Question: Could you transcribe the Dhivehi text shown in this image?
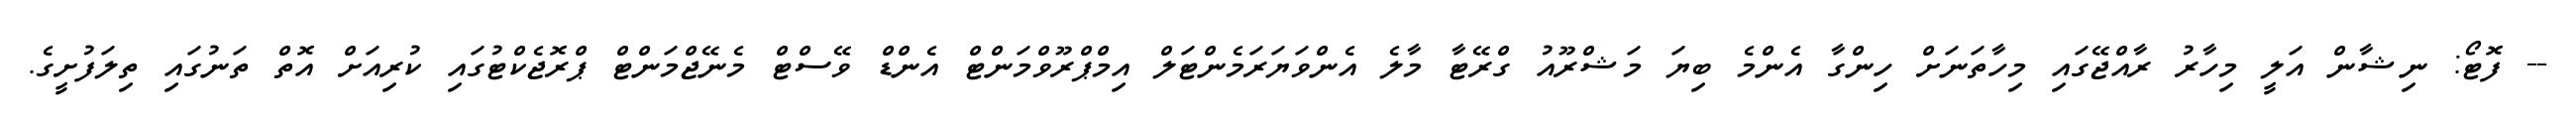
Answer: -- ފޮޓޯ: ނިޝާން އަލީ މިހާރު ރާއްޖޭގައި މިހާތަނަށް ހިންގާ އެންމެ ބިޔަ މަޝްރޫއު ގްރޭޓާ މާލެ އެންވަޔަރަމެންޓަލް އިމްޕްރޫވްމަންޓް އެންޑް ވޭސްޓް މެނޭޖްމަންޓް ޕްރޮޖެކްޓުގައި ކުރިއަށް އޮތް ތަނުގައި ތިލަފުށީގެ.